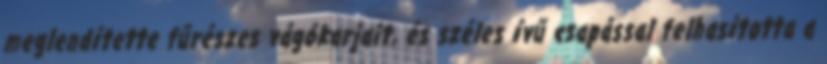
meglendítette fűrészes vágókarjait, és széles ívű csapással felhasította a